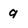
Character: q